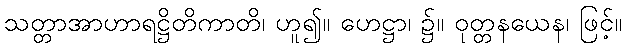
သတ္တာအာဟာရဋ္ဌိတိကာတိ၊ ဟူ၍။ ဟေဋ္ဌာ၊ ၌။ ဝုတ္တနယေန၊ ဖြင့်။